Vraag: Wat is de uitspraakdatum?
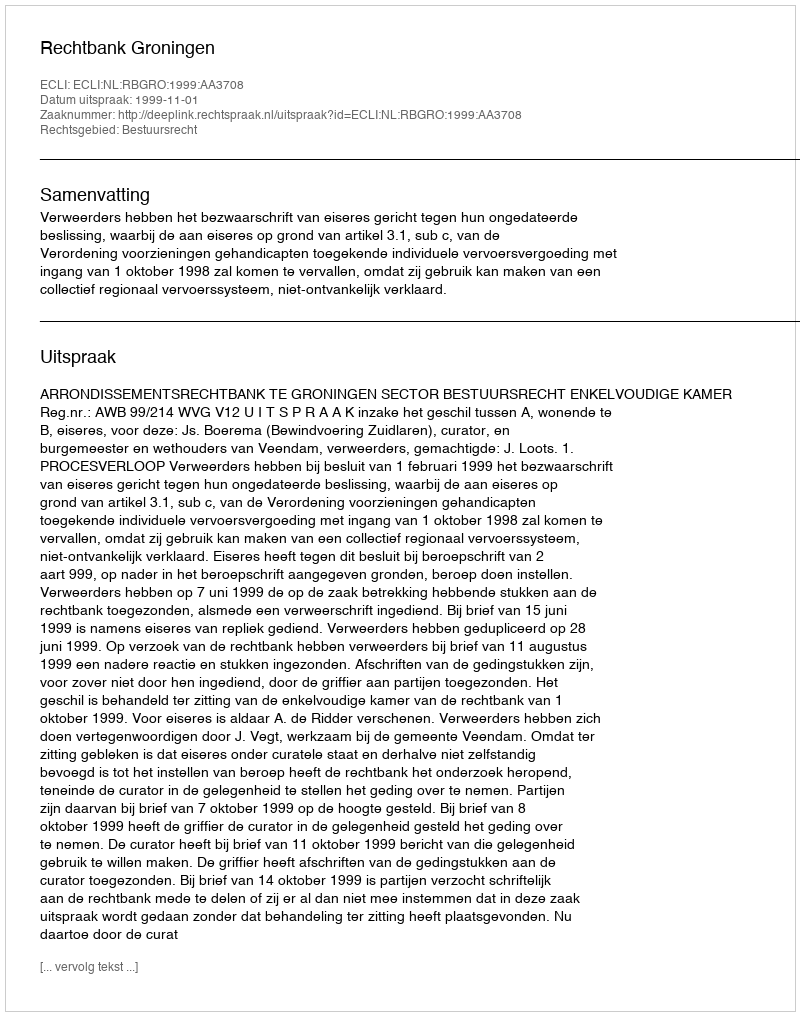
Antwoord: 1999-11-01